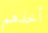
أخذهم